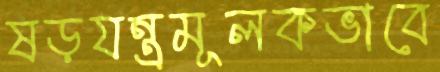
ষড়যন্ত্রমূলকভাবে